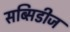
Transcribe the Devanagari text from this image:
सब्सिडीज